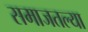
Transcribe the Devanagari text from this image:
समाजतल्या